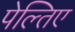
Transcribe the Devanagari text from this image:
पेल्तिए